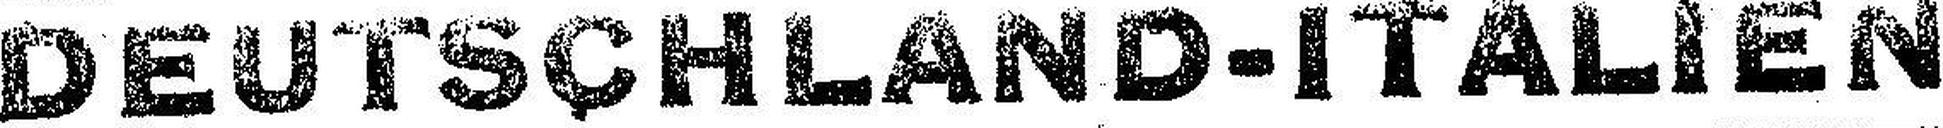
DEUTSCHLAND-ITALIEN